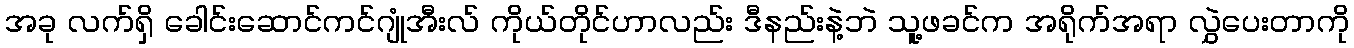
အခု လက်ရှိ ခေါင်းဆောင်ကင်ဂျုံအီးလ် ကိုယ်တိုင်ဟာလည်း ဒီနည်းနဲ့ဘဲ သူ့ဖခင်က အရိုက်အရာ လွှဲပေးတာကို